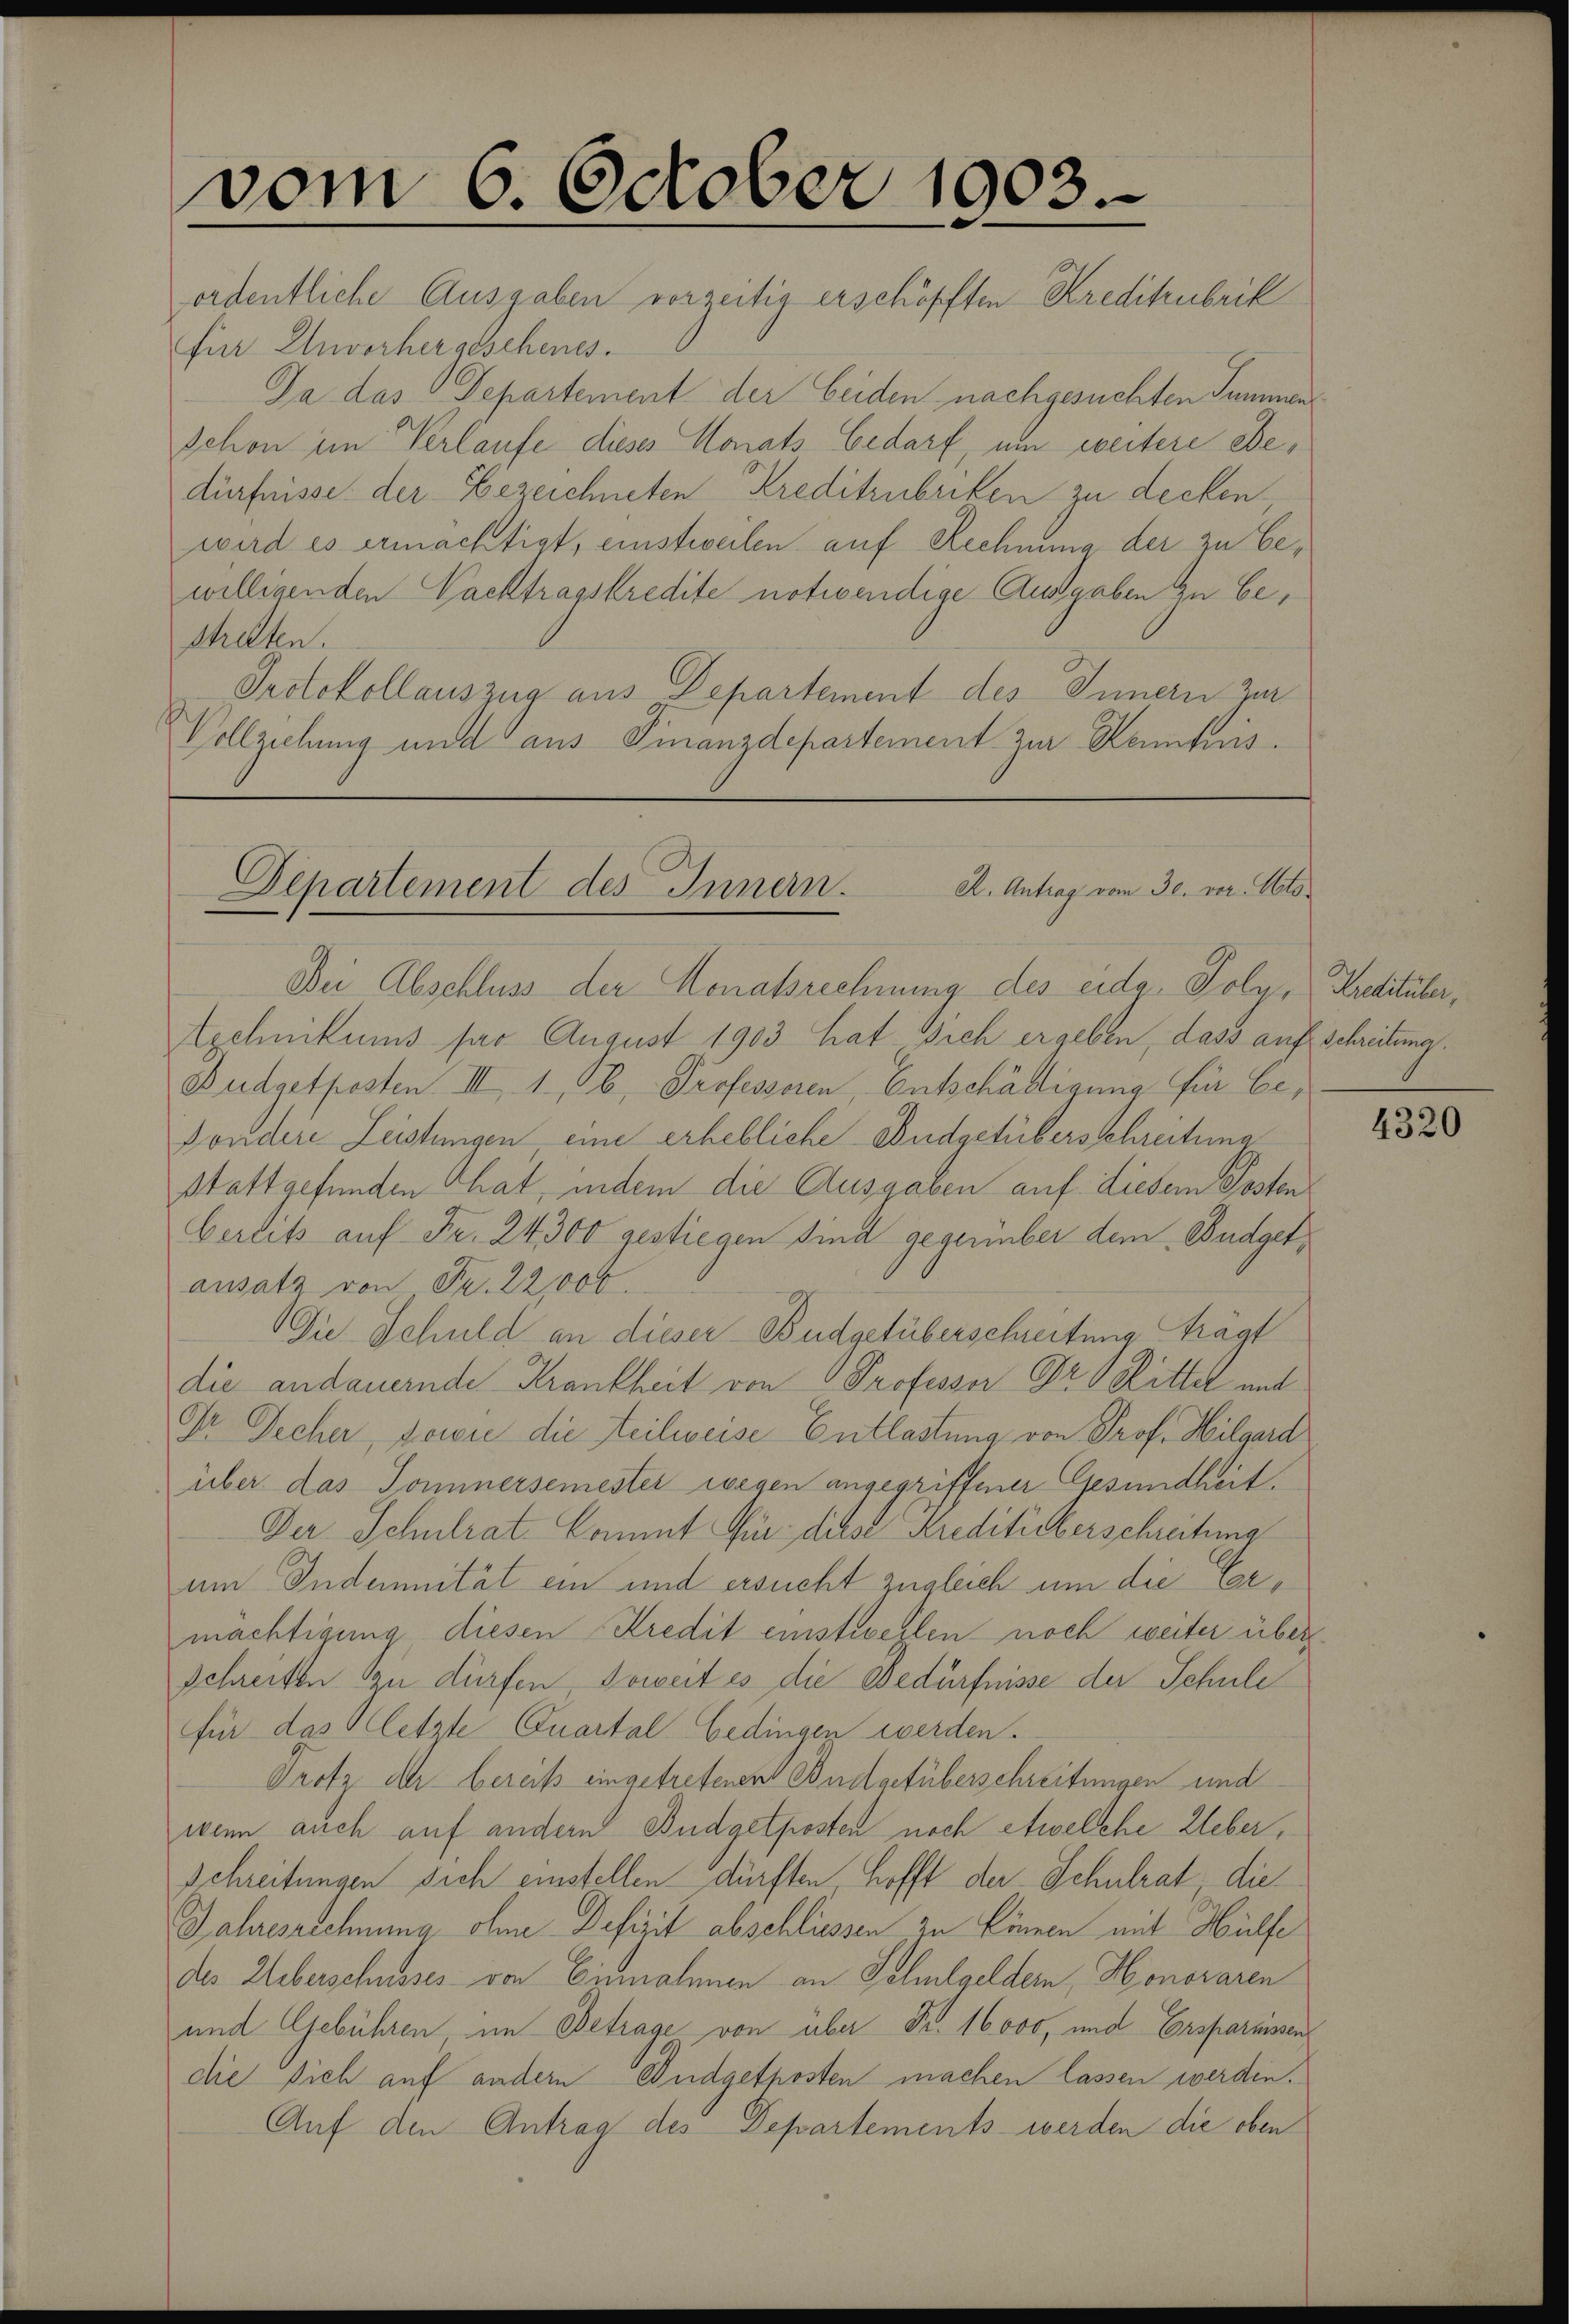
vom 6. October 1903.
ordentliche Ausgaben vorzeitig erschöfften Kreditubrik

für Unvorhergeschenes.
Da das Departement der beiden nachgesuchten Summen
schon im Verlaufe dieses Monats bedarf, um weitere Dedürfnisse der Bezeichneten Kreditrubriken zu decken
wird es ermächtigt, einstweilen auf Rechnung der zu bewilligenden Nachtragskredite notwendige Ausgaben zu bestreten.
Protokollauszug aus Departement des Innern Zu¬
Vollziehung und aus Finanzdepartement zur Kenntens.

A. Antrag vom 30. ver Otto.
Departement des Innern.
Dei Abschluss der Monatsrechnung des eidg. Polye Kredituber,

Zschnikums ser August 1903 hat sich ergeben, dass auf Schreitung
Budgetposten III 1, b. Professoren, Entschäftigung für Ee¬
Fondere Leistungen eine erhebliche Budgetübersschreitung
stattgefunden That, indem die Ausgaben auf diesem Posten
Gerlitz auf Fr. 24300 gestiegen sind geseumber dem Budgetansatz von Fr. 22,000.
Die Schuld an dieser Budgetüberschreitung trägt
die andauernde Krankheit von Professor Pro Rittel mit
Or Decher, sowie die Teilweise Entlastung von Prof. Hilgard
über das Tominersemester wegen angegriffener Gesundheit.
Der Schulrat-Commt für diese Kreditüberschreitung
um Indemnität ein und ersucht zugleich um die Cormächtigung diesen Kredit einstwegten noch weiter über
schreiten zu dürfen Soweit es die Bedürfnisse der Schule
für das letzte Quartal bedingen werden.
Trotz der bereits eingetretenen Budgetüberschreitungen und
wenn auch auf andern Budgetposten noch etwelche Ueber,
Schreitungen sich einstellen dürften hofft der Schulrat, die
Jahresrechnung ohne Defizit abschliessen zu können mit Hülfe
des Ueberschusses von Einnahmen an Schulgeldern, Honoraren
und Gebühren, im Betrage von über Fr. 16000, und Ersparnissen
die Dich auf andern Budgetposten machen lassen werden.
Auf den Antrag des Departements werden die oben

4320